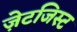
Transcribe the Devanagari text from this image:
ज़ेटजिस्ट